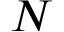
N